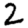
Digit: 2